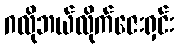
ဂလိုဘယ်လိုက်ဇေးရှင်း